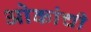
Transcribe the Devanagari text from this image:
ओकांची